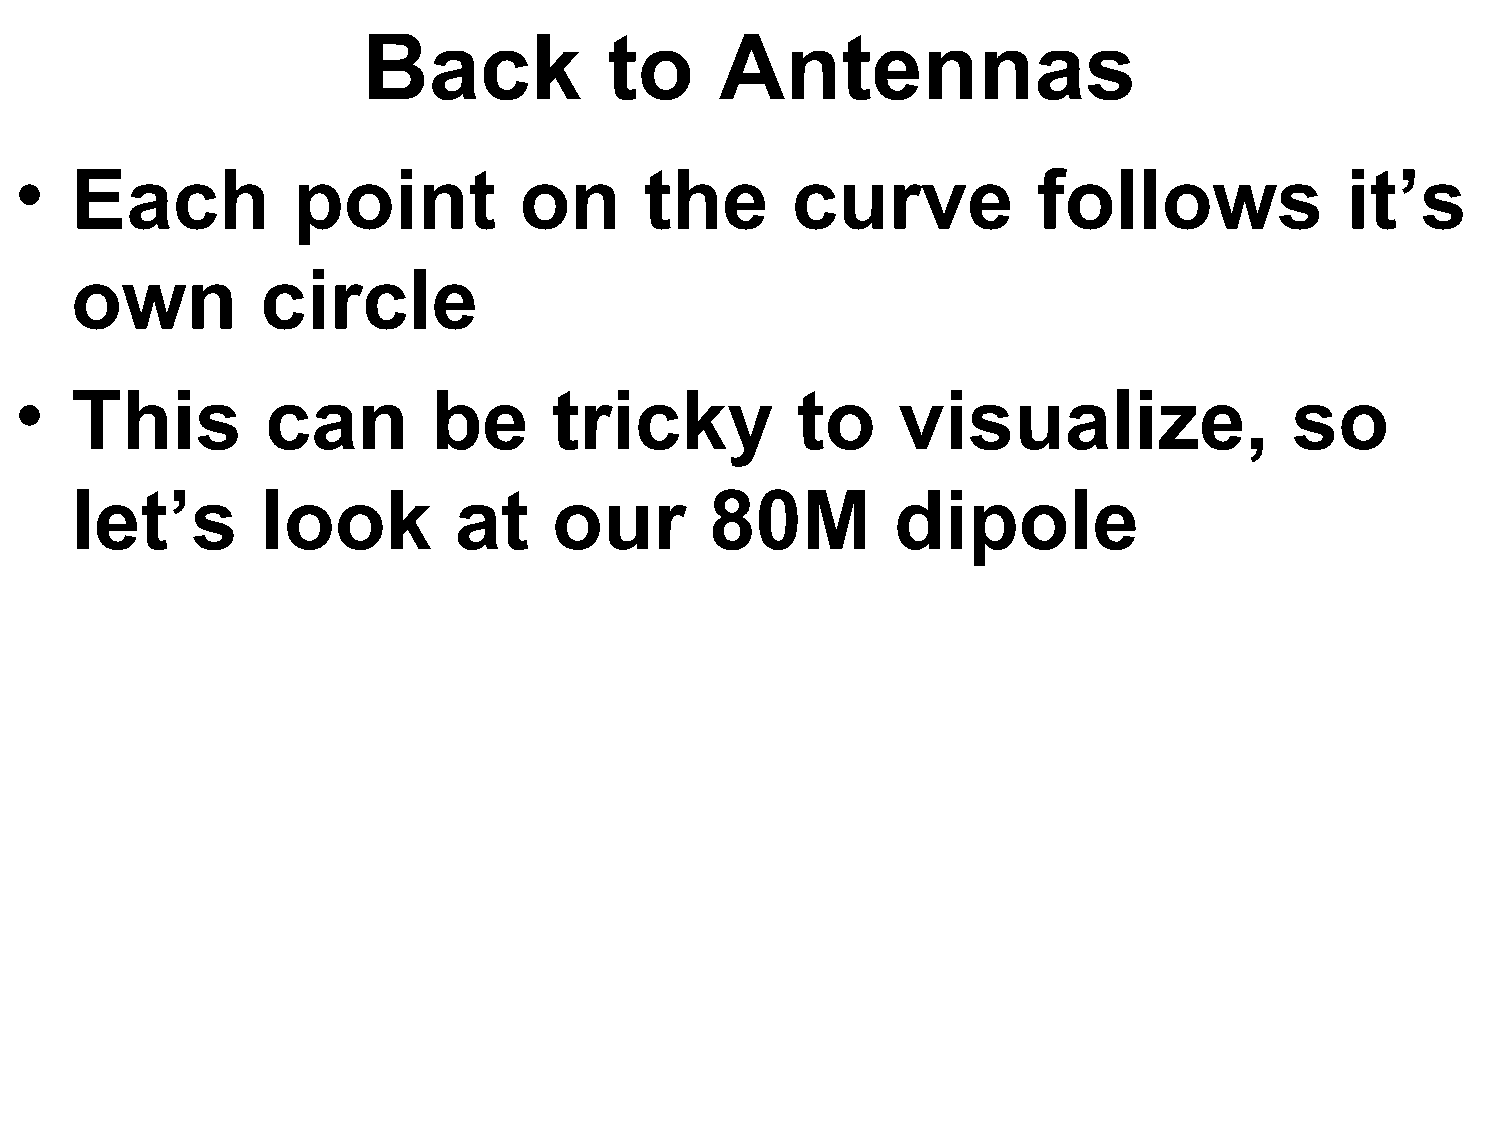
Back            to      Antennas
 •   Each          point          on       the      curve            follows             it’s
 own         circle
 •   This         can        be      tricky          to    visualize,                 so
 let’s       look         at     our       80M         dipole